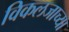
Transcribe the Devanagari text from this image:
विकलजाच्या